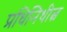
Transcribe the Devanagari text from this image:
प्रधिनिधीत्व